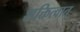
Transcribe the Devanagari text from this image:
शक्तित्वात्